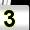
Digit: 3